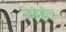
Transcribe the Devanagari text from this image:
विदेहीच